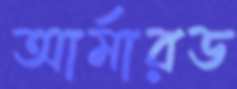
আর্মারড